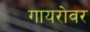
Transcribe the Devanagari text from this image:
गायरोवर